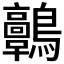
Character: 𪈃